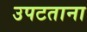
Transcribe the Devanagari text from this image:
उपटताना